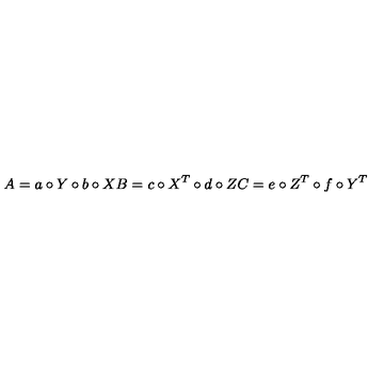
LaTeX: A = a \circ Y \circ b \circ X B = c \circ X ^ { T } \circ d \circ Z C = e \circ Z ^ { T } \circ f \circ Y ^ { T }